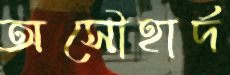
অসৌহার্দ